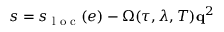
s = s _ { \textrm { l o c } } ( e ) - \Omega ( \tau , \lambda , T ) \mathbf q ^ { 2 }